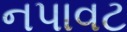
નપાવટ